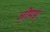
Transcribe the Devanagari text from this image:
जीपडं